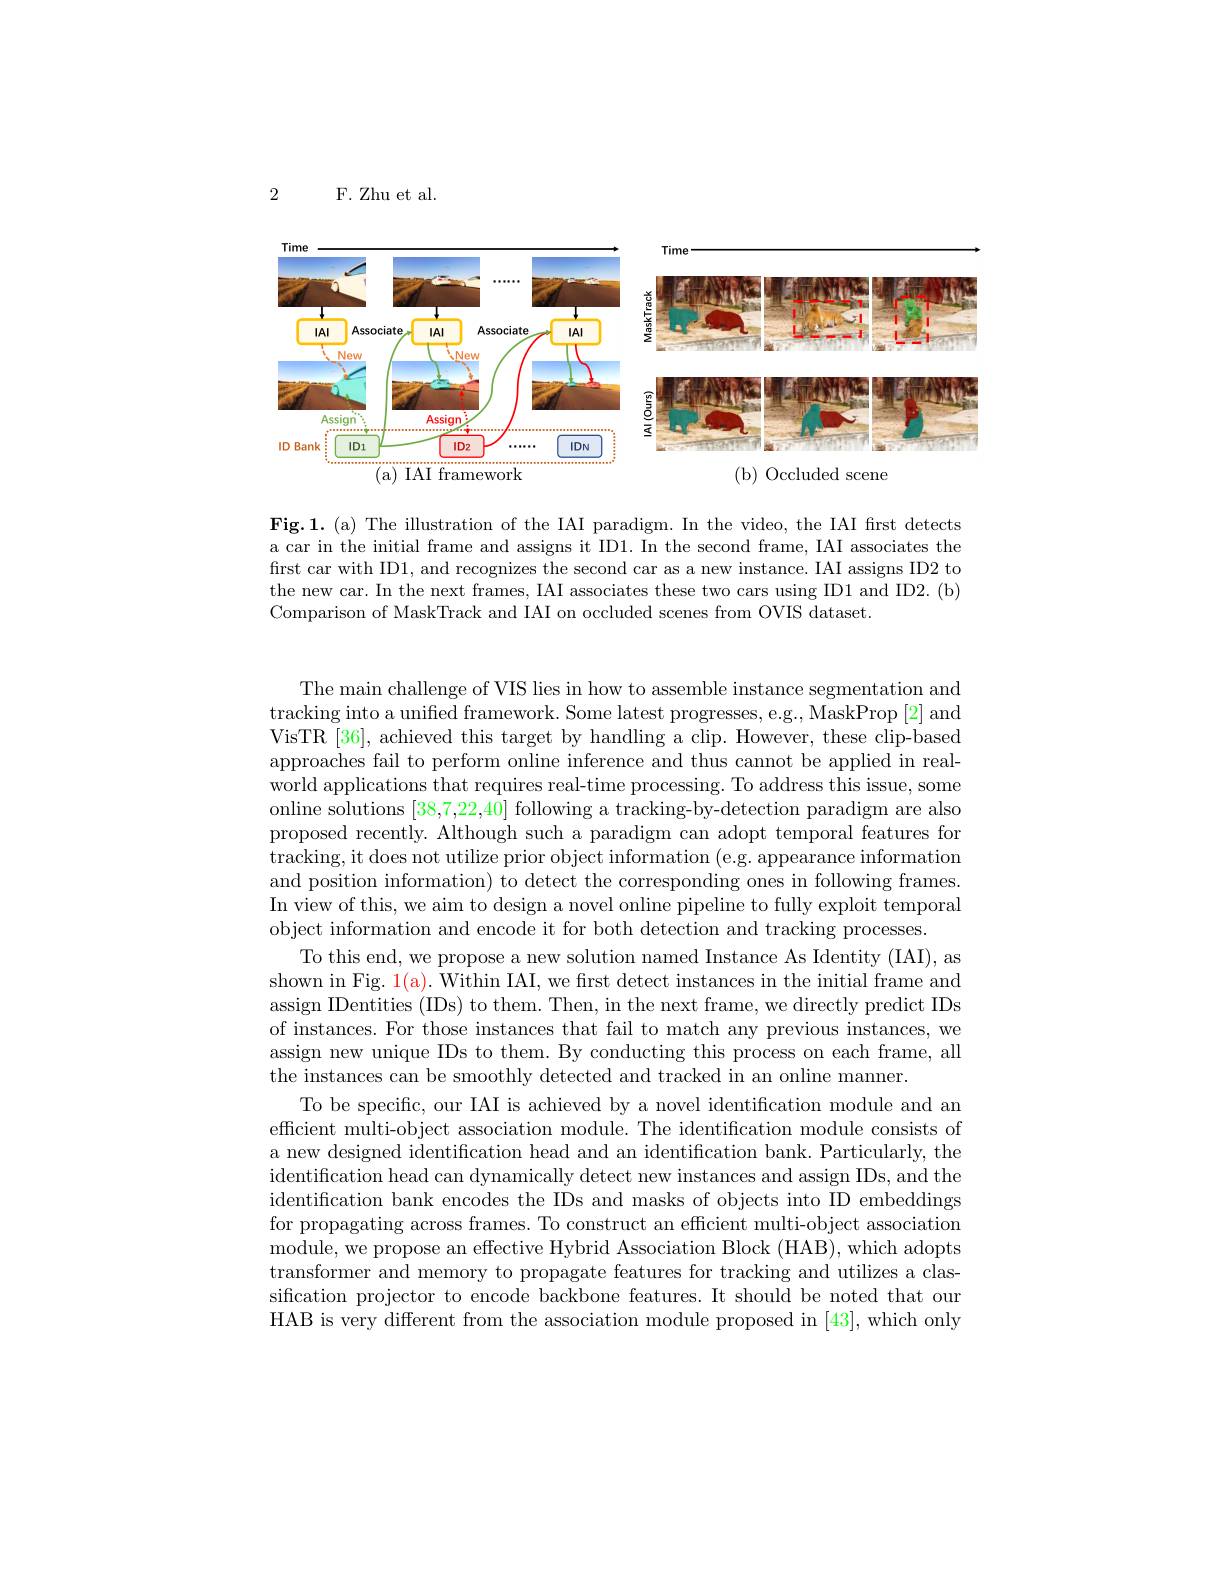
2

F. Zhu et al.

Time

<FigureHere>
( a) IAI framework

<FigureHere>

( b) Occluded scene

Fig.1.(a) The illustration of the IAI paradigm. In the video, the IAI frst detects a car in the initial frame and assigns it ID1. In the second frame, IAI associates the first car with ID1, and recognizes the second car as a new instance. IAI assigns ID2 to the new car. In the next frames, IAI associates these two cars using ID1 and ID2. (b) Comparison of MaskTrack and IAI on occluded scenes from OVIS dataset.

The main challenge of VIS lies in how to assemble instance segmentation and tracking into a unified framework. Some latest progresses, e.g., MaskProp [2] and VisTR [36], achieved this target by handling a clip. However, these clip-based approaches fail to perform online inference and thus cannot be applied in realworld applications that requires real-time processing. To address this issue, some online solutions [38,7,22,40] following a tracking-by-detection paradigm are also proposed recently. Although such a paradigm can adopt temporal features for tracking, it does not utilize prior object information (e.g. appearance information and position information) to detect the corresponding ones in following frames In view of this, we aim to design a novel online pipeline to fully exploit temporal object information and encode it for both detection and tracking processes.
To this end, we propose a new solution named Instance As Identity (IAI), as shown in Fig. 1(a). Within IAI, we first detect instances in the initial frame and assign IDentities (IDs) to them. Then, in the next frame, we directly predict IDs of instances. For those instances that fail to match any previous instances, we assign new unique IDs to them. By conducting this process on each frame, all the instances can be smoothly detected and tracked in an online manner.
To be specific, our IAI is achieved by a novel identification module and an efficient multi-object association module. The identification module consists of a new designed identification head and an identification bank. Particularly, the identification head can dynamically detect new instances and assign IDs, and the identification bank encodes the IDs and masks of objects into ID embeddings for propagating across frames. To construct an efficient multi-object association module, we propose an effective Hybrid Association Block ( HAB) , which adopts transformer and memory to propagate features for tracking and utilizes a classification projector to encode backbone features. It should be noted that our HAB is very different from the association module proposed in [43], which only